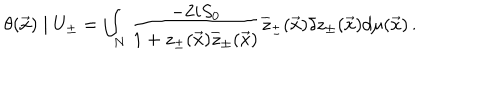
\theta ( \vec { x } ) \mid U _ { \pm } = \int _ { N } \frac { - 2 i S _ { 0 } } { 1 + z _ { \pm } ( \vec { x } ) \overline { { { z } } } _ { \pm } ( \vec { x } ) } \overline { { { z } } } _ { \pm } ( \vec { x } ) \delta z _ { \pm } ( \vec { x } ) d \mu ( \vec { x } ) \, .